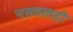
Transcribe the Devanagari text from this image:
नसतातही